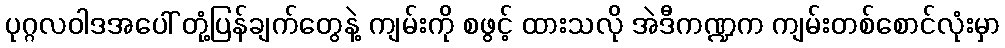
ပုဂ္ဂလဝါဒအပေါ် တုံ့ပြန်ချက်တွေနဲ့ ကျမ်းကို စဖွင့် ထားသလို အဲဒီကဏ္ဍက ကျမ်းတစ်စောင်လုံးမှာ